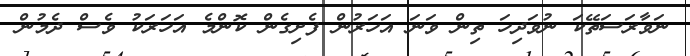
ނަވާރަސަތޭކަ ނުވަދިހަ ތިން ވަނަ އަހަރުން ފެށިގެން ކޮންމެ އަހަރަކު ވެސް ދެމުން